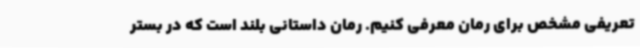
تعریفی مشخص برای رمان معرفی کنیم. رمان داستانی بلند است که در بستر